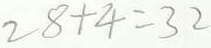
2 8 + 4 = 3 2